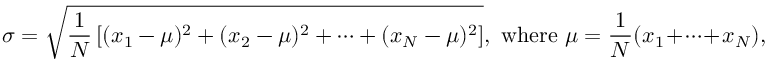
\sigma = { \sqrt { { \frac { 1 } { N } } \left[ ( x _ { 1 } - \mu ) ^ { 2 } + ( x _ { 2 } - \mu ) ^ { 2 } + \cdots + ( x _ { N } - \mu ) ^ { 2 } \right] } } , { \mathrm { ~ w h e r e ~ } } \mu = { \frac { 1 } { N } } ( x _ { 1 } + \cdots + x _ { N } ) ,